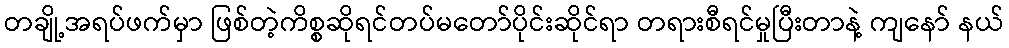
တချို့အရပ်ဖက်မှာ ဖြစ်တဲ့ကိစ္စဆိုရင်တပ်မတော်ပိုင်းဆိုင်ရာ တရားစီရင်မှုပြီးတာနဲ့ ကျနော် နယ်